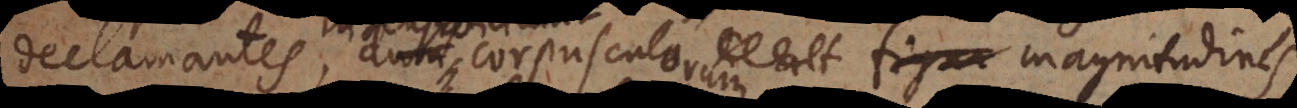
declamantes, insensibilium corpusculorum magnitudines